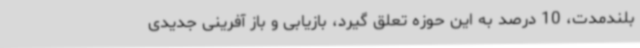
بلندمدت، 10 درصد به این حوزه تعلق گیرد، بازیابی و باز آفرینی جدیدی